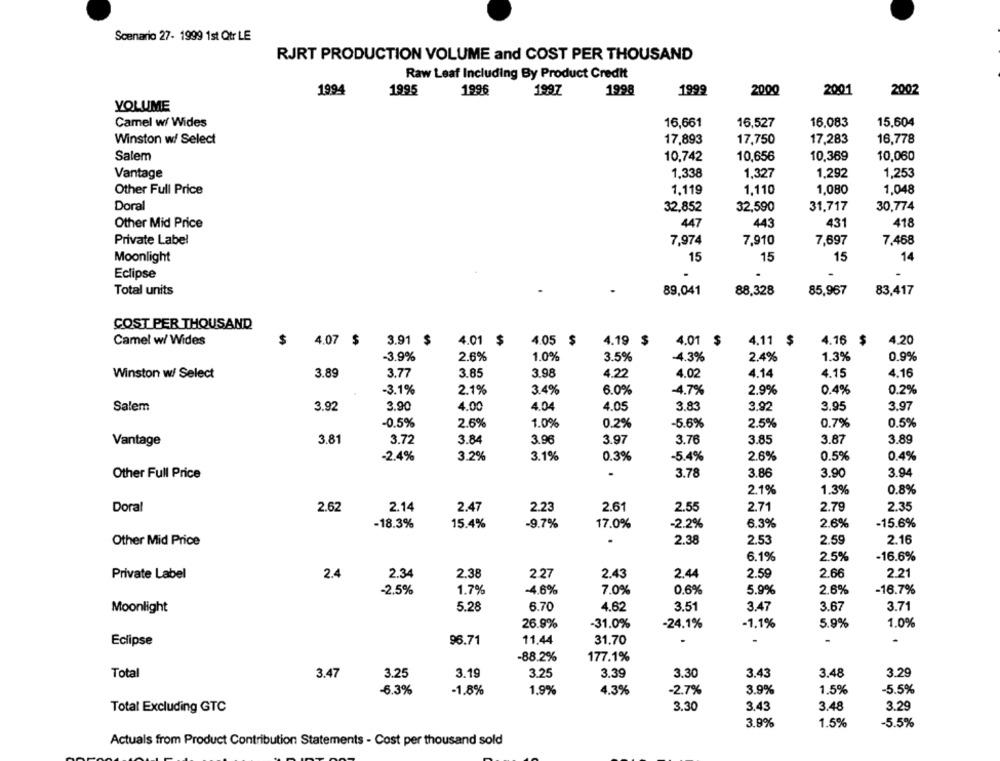
Scenario 27- 1999 1st Qtr LE
RJRT PRODUCTION VOLUME and COST PER THOUSAND
Raw Leaf Including By Product Credit
1994
1995
1996
1997
1998
1999
2000
2001
2002
YOLUME
16,661
16.083
15,604
Camel w/ Wides
16,527
Winston w/ Select
17,893
17,750
17,283
16,778
Salem
10,742
10,656
10.369
10,060
Vantage
1,338
1,327
1,292
1,253
Other Full Price
1.119
1,110
1,080
1,048
Doral
32,852
32,590
31,717
30,774
Other Mid Price
447
443
431
418
Private Label
7,974
7,910
7,697
7,468
Moonlight
15
15
15
14
Eclipse
Total units
89,041
88,328
85,967
83,417
COST PER THOUSAND
Camel w/ Wides
$
4.07 $
3.91 $
$
4.01 $
4.05 $
4.19 $
4.01
$
4.11 $
4.16
$
4.20
-3.9%
2.6%
1.0%
3.5%
-4.3%
2.4%
1.3%
0.9%
3.89
3.77
3.85
3.98
4.22
4.14
4.15
4.16
Winston w/ Select
4.02
-3.1%
2.1%
3.4%
6.0%
-4.7%
2.9%
0.4%
0.2%
Salem
3.92
3.90
4.00
4.04
4.05
3.83
3.92
3.95
3.97
-0.5%
2.6%
1.0%
0.2%
-5.6%
2.5%
0.7%
0.5%
Vantage
3.81
3.72
3.84
3.96
3.97
3.76
3.85
3.87
3.89
3.2%
3.1%
0.3%
-5.4%
2.6%
0.5%
0.4%
-2.4%
3.78
3.86
3.90
3.94
Other Full Price
2.1%
1.3%
0.8%
Doral
2.62
2.14
2.47
2.23
2.61
2.55
2.71
2.79
2.35
-18.3%
15.4%
-9.7%
17.0%
-2.2%
6.3%
2.6%
-15.6%
2.38
2.53
2.59
2.16
Other Mid Price
6.1%
2.5%
-16.6%
Private Label
2.4
2.34
2.38
2.27
2.43
2.44
2.59
2.66
2.21
-2.5%
1.7%
-4.6%
7.0%
0.6%
5.9%
2.6%
-16.7%
Moonlight
5.28
6.70
4.62
3.51
3.47
3.67
3.71
26.9%
-31.0%
-24.1%
-1,1%
5.9%
1.0%
.
Eclipse
96.71
11.44
31.70
-88.2%
177.1%
Total
3.47
3.25
3.19
3.25
3.39
3.30
3.43
3.48
3.29
-6.3%
-1.8%
1.9%
4.3%
-2.7%
3.9%
1.5%
-5.5%
3.30
3.43
3.48
3.29
Total Excluding GTC
3.9%
1.5%
-5.5%
Actuals from Product Contribution Statements - Cost per thousand sold